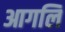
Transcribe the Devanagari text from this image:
आगलि